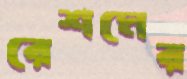
রেশমের